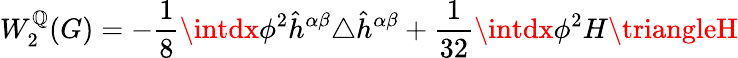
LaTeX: W_{2}^{\mathbb{Q}}(G)=-\frac{{1}}{{8}}\intdx\phi^{2}\hat{{h}}^{\alpha\beta}\triangle\hat{{h}}^{\alpha\beta}+\frac{{1}}{{32}}\intdx\phi^{2}H\triangleH